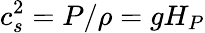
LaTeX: c_{s}^{2}=P/\rho=gH_{P}